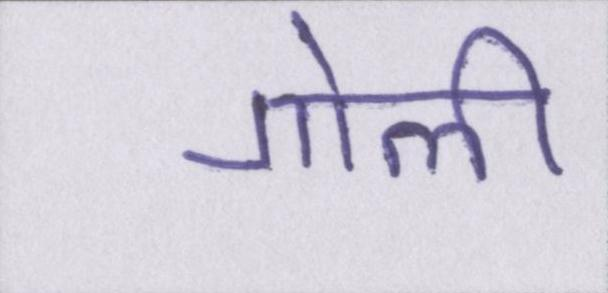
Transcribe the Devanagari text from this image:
गोली